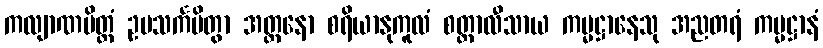
ကလျာဏမိတ္တံ ဥပသင်္ကမိတွာ အတ္တနော စရိယာနုကူလံ စတ္တာလီသာယ ကမ္မဋ္ဌာနေသု အညတရံ ကမ္မဋ္ဌာနံ